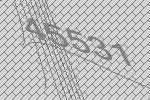
45531